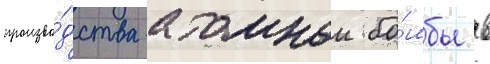
произво́дства атомнои бо́мбы в